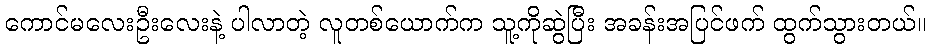
ကောင်မလေးဦးလေးနဲ့ ပါလာတဲ့ လူတစ်ယောက်က သူ့ကိုဆွဲပြီး အခန်းအပြင်ဖက် ထွက်သွားတယ်။